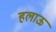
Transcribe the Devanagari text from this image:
हलाऊ